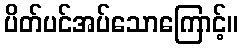
ပိတ်ပင်အပ်သောကြောင့်။